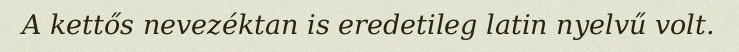
A kettős nevezéktan is eredetileg latin nyelvű volt.